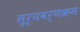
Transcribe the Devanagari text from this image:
सूर्यवर्णक्रम